Madras marine plague regulations
Disease focus: Plague
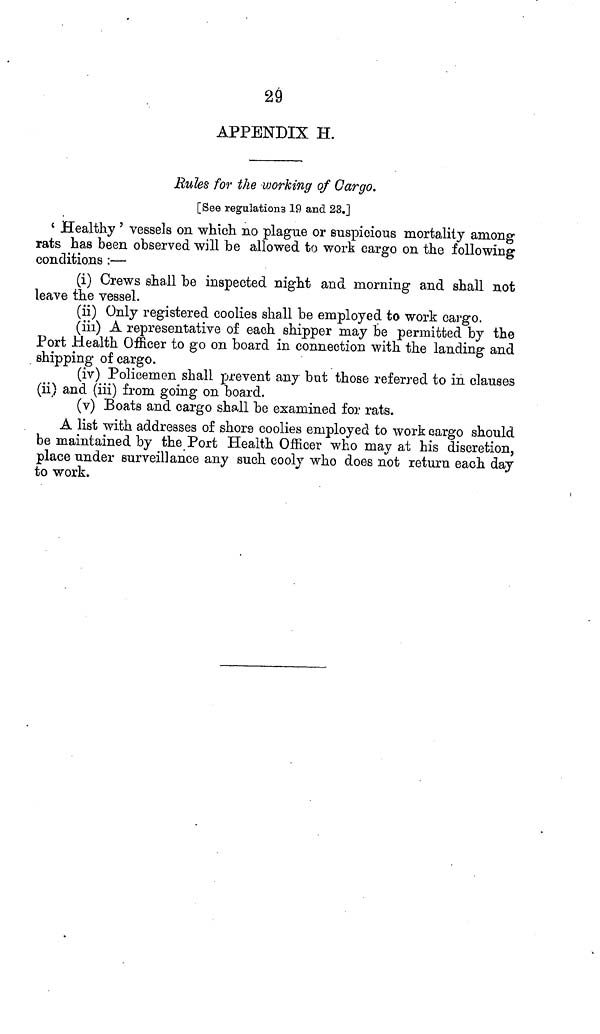
29
APPENDIX H.
Rules for the working of Cargo.
[See regulations 19 and 23.]
'Healthy ' vessels on which no plague or suspicious mortality among
rats has been observed will be allowed to work cargo on the following
conditions :—
(i) Crews shall be inspected night and morning and shall not
leave the vessel.
(ii) Only registered coolies shall be employed to work cargo.
(iii) A representative of each shipper may be permitted by the
Port Health Officer to go on board in connection with the landing and
shipping of cargo.
(iv) Policemen shall prevent any but those referred to in clauses
(ii) and (iii) from going on board.
(v) Boats and cargo shall be examined for rats.
A list with addresses of shore coolies employed to work cargo should
be maintained by the Port Health Officer who may at his discretion,
place under surveillance any such cooly who does not return each day
to work.